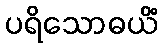
ပရိသောဓယိံ